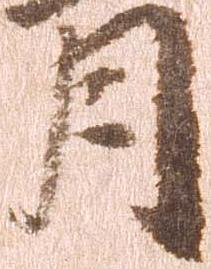
月